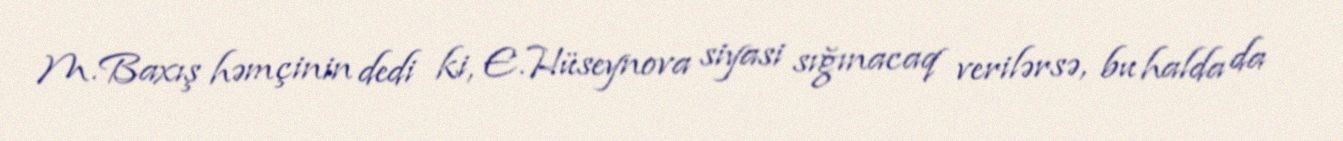
M.Baxış həmçinin dedi ki, E.Hüseynova siyasi sığınacaq verilərsə, bu halda da